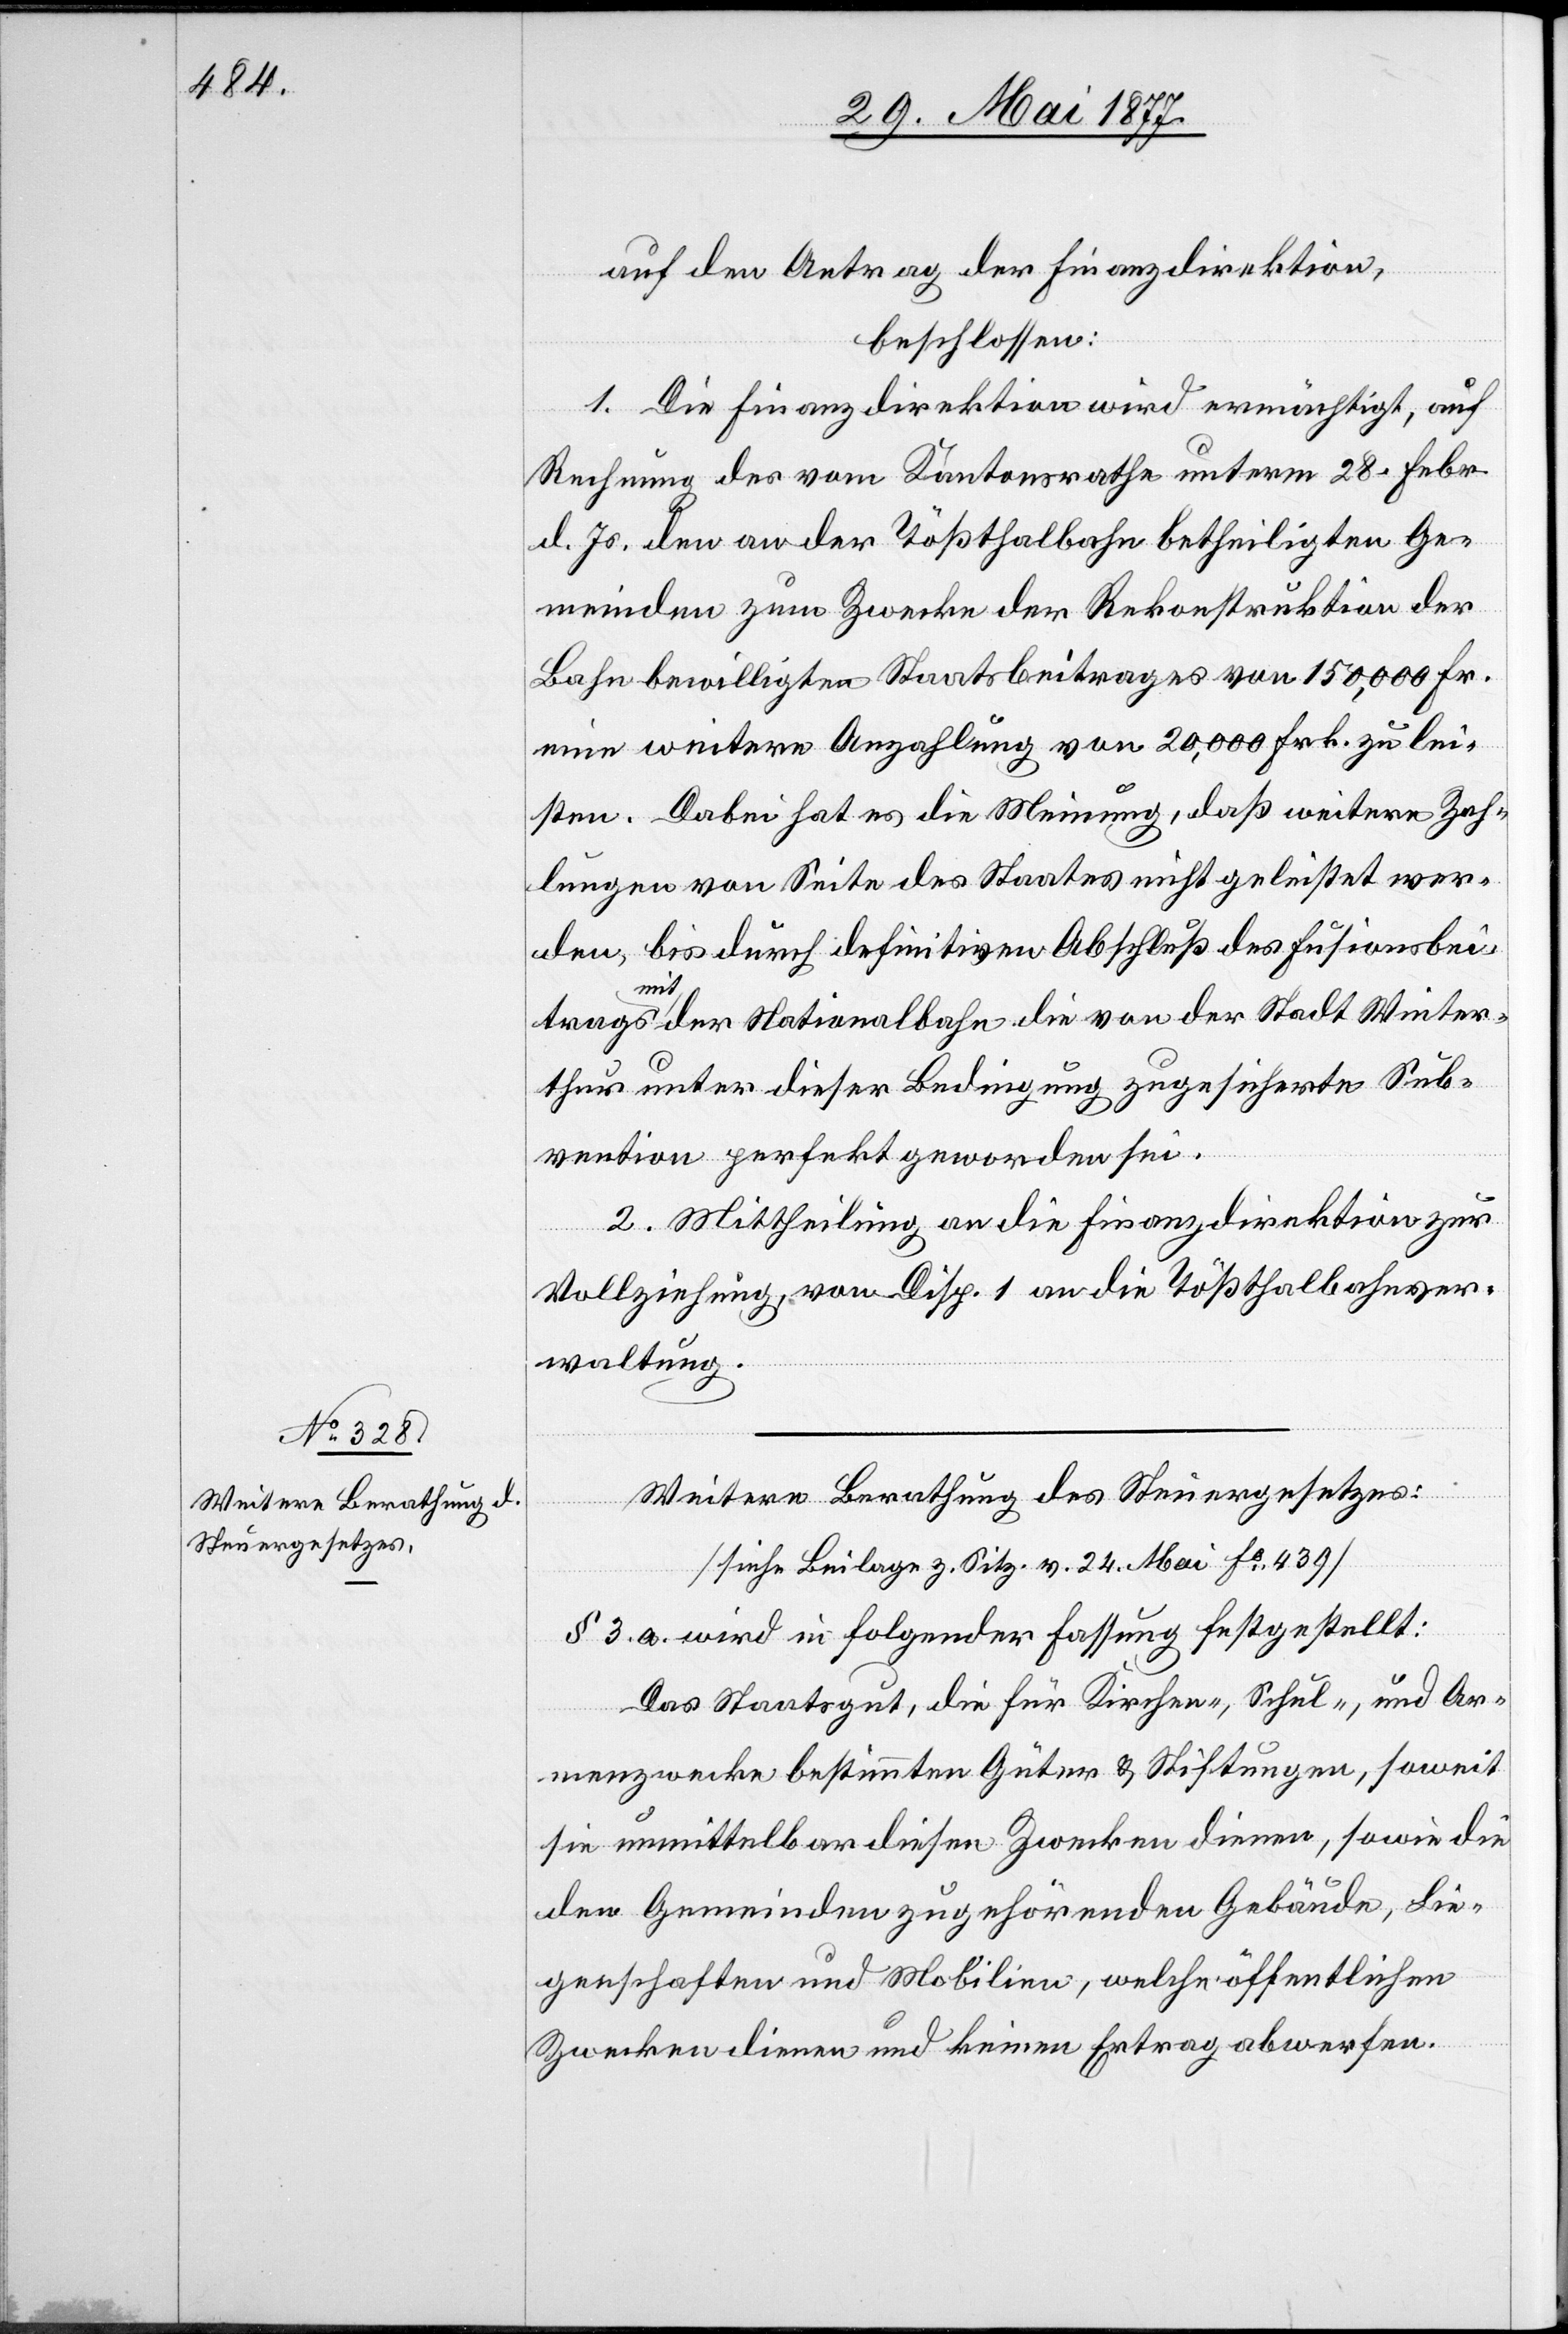
auf den Antrag der Finanzdirektion,
beschlossen:
1. Die Finanzdirektion wird ermächtigt, auf
Rechnung des vom Kantonsrathe unterm 28. Febr.
d. Js. den an der Tößthalbahn betheiligten Ge¬
meinden zum Zwecke der Rekonstruktion der
Bahn bewilligten Staatsbeitrages von 150,000 Fr.
eine weitere Anzahlung von 20,000 Frk. zu lei¬
sten. Dabei hat es die Meinung, daß weitere Zah¬
lungen von Seite des Staates nicht geleistet wer¬
den, bis durch definitiven Abschluß des Fusionsbei¬
trages mit der Nationalbahn die von der Stadt Winter¬
thur unter dieser Bedingung zugesicherte Sub¬
vention perfekt geworden sei.
2. Mittheilung an die Finanzdirektion zur
Vollziehung, von Disp. 1 an die Tößthalbahnver¬
waltung.
Weitere Berathung des Steuergesetzes:
[siehe Beilage z. Sitz. v. 24. Mai Fo 439]
§ 3. a. wird in folgender Fassung festgestellt:
Das Staatsgut, die für Kirchen-, Schul-, und Ar¬
menzwecke bestimmten Güter & Stiftungen, soweit
sie unmittelbar diesen Zwecken dienen, sowie die
den gemeinden zugehörenden Gebäude, Lie¬
genschaften und Mobilien, welche öffentlichen
Zwecken dienen und keinen Ertrag abwerfen.